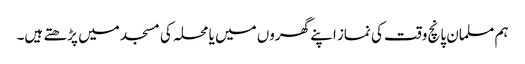
ہم مسلمان پانچ وقت کی نماز اپنے گھروں میں یا محلہ کی مسجد میں پڑھتے ہیں۔